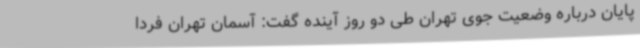
پایان درباره وضعیت جوی تهران طی دو روز آینده گفت: آسمان تهران فردا